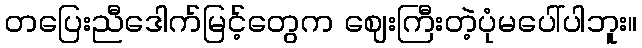
တပြေးညီဒေါက်မြင့်တွေက ဈေးကြီးတဲ့ပုံမပေါ်ပါဘူး။